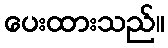
ပေးထားသည်။